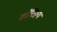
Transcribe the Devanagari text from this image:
कौंटिल्य